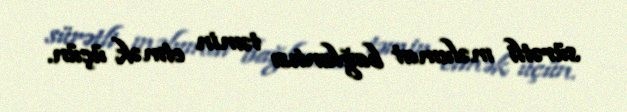
sürətli məlumat bağlantısı təmin etmək üçün.